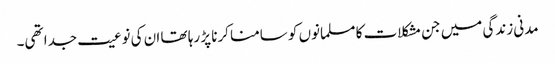
مدنی زندگی میں جن مشکلات کا مسلمانوں کو سامنا کرنا پڑ رہا تھا ان کی نوعیت جدا تھی۔